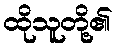
ထိုသူတို့၏